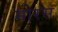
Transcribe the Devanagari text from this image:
मोरस